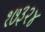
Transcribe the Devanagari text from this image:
१७३२४